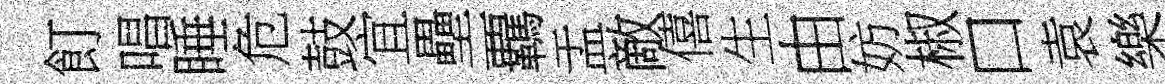
飣唱睡危鼓宜壘覊盂敵僖生由妨椒口袁樂